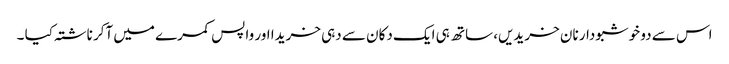
اس سے دو خوشبودار نان خریدیں، ساتھ ہی ایک دکان سے دہی خریدا اور واپس کمرے میں آکر ناشتہ کیا ۔